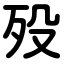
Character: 殁